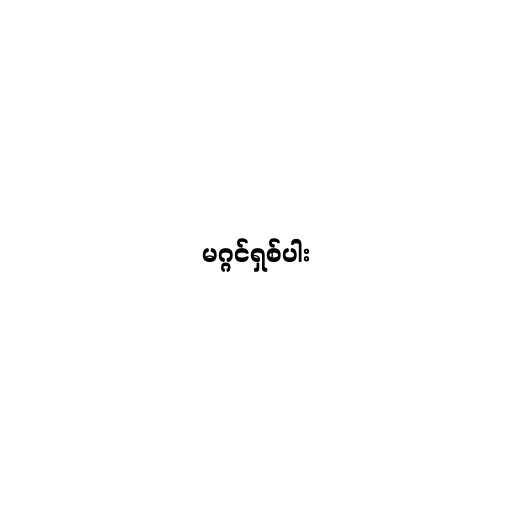
မဂ္ဂင်ရှစ်ပါး